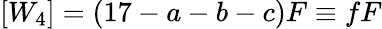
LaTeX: [W_{4}]=\left(17-a-b-c\right)F\equiv fF